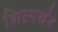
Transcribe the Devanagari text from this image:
शिल्पखंड